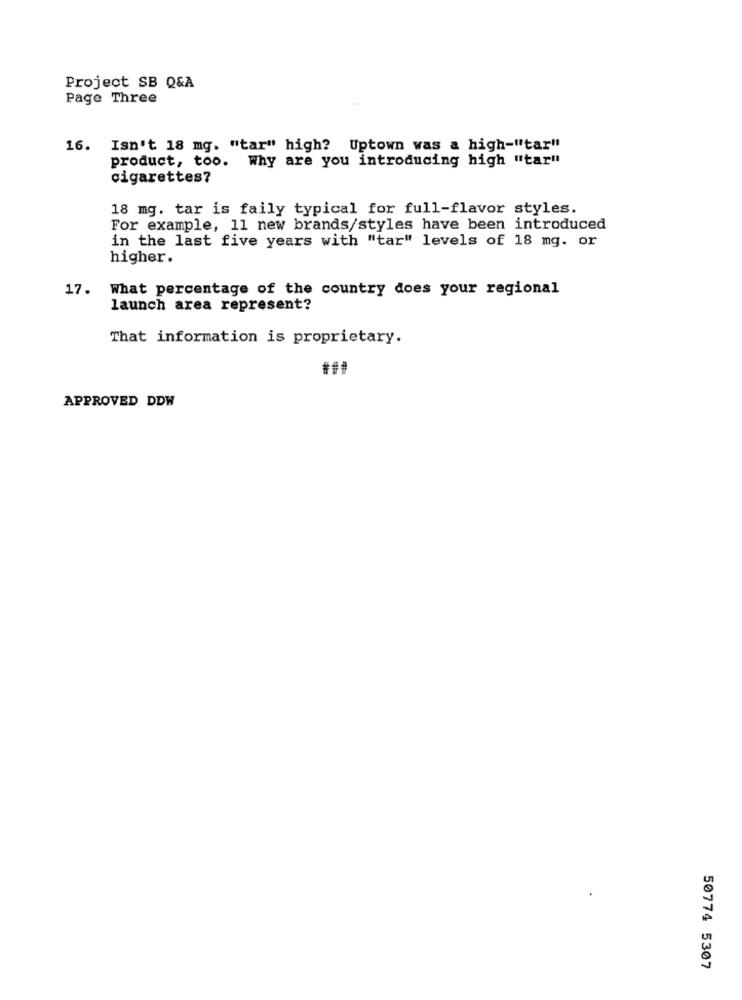
Project SB Q&A
Page Three
16. Isn't 18 mg. "tar" high? Uptown was a high-"tar"
product, too. Why are you introducing high "tar"
cigarettes?
18 mg. tar is faily typical for full-flavor styles.
For example, 11 new brands/styles have been introduced
in the last five years with "tar" levels of 18 mg. or
higher.
17. What percentage of the country does your regional
launch area represent?
That information is proprietary.
APPROVED DDW
50774 5307